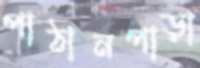
পাঠানপাড়া